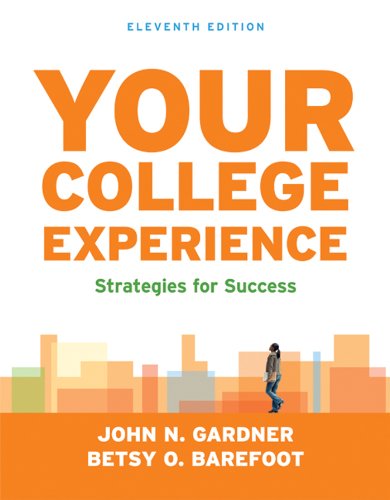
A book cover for Your College Experience: Strategies for Success; John N. Gardner; Education & Teaching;